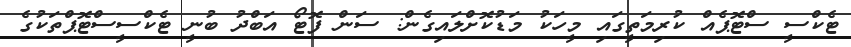
ޓެކްސީ ސްޓޮޕެއް ކުރިމަތީގައި މީހަކު މަޑުކޮށްލައިގެން: ސަން ފޮޓޯ އަބްދު ބުނީ ޓެކްސީސްޓޮޕްތަކުގެ